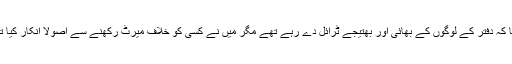
اوراب تو پچھلی تاریخ میں اس لئے لیٹر نہیں نکلوا سکتا کہ دفتر کے لوگوں کے بھائی اور بھتیجے ٹرائل دے رہے تھے مگر میں نے کسی کو خلاف میرٹ رکھنے سے اصولاً انکار کیا تھا اور سب کو پتہ ہے لیٹر جمعرات کو جاری نہیں ہوا۔